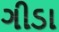
ગીડા